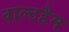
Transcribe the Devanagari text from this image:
वाल्टहैम